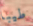
طيبا